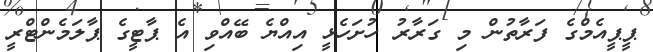
ޕީޕީއެމްގެ ފަރާތުން މި ގަރާރު ހުށަހެޅީ އިއްޔެ ބޭއްވި އެ ޕާޓީގެ ޕާލަމެންޓްރީ